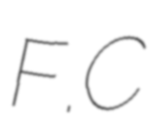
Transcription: F.C